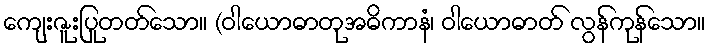
ကျေးဇူးပြုတတ်သော။ (ဝါယောဓာတုအဓိကာနံ၊ ဝါယောဓာတ် လွန်ကုန်သော။